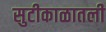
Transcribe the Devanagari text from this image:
सुटीकाळातली